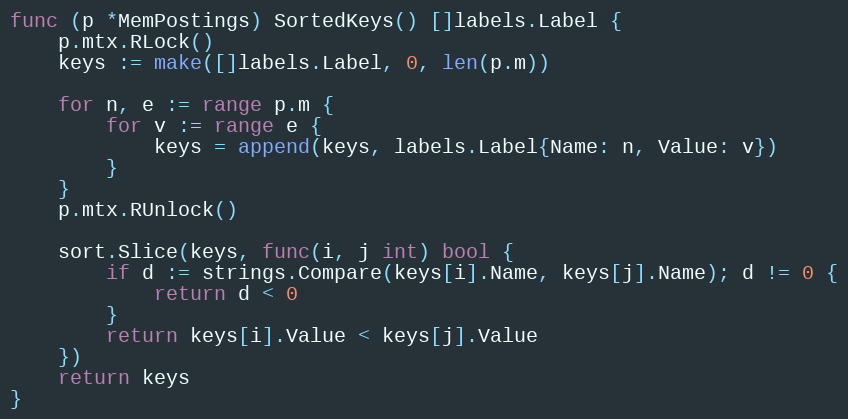
Language: Go
func (p *MemPostings) SortedKeys() []labels.Label {
	p.mtx.RLock()
	keys := make([]labels.Label, 0, len(p.m))

	for n, e := range p.m {
		for v := range e {
			keys = append(keys, labels.Label{Name: n, Value: v})
		}
	}
	p.mtx.RUnlock()

	sort.Slice(keys, func(i, j int) bool {
		if d := strings.Compare(keys[i].Name, keys[j].Name); d != 0 {
			return d < 0
		}
		return keys[i].Value < keys[j].Value
	})
	return keys
}